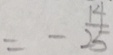
= - \frac { 1 4 } { 2 5 }